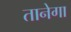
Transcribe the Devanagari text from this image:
तानेगा